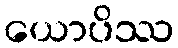
ယောပိဿ